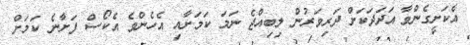
އެކަށީގެންވާ އަދަދަކަށް ދަރިވަރުން ލިބިއްޖެ ނަމަ ކަމަށާއި އެހެންވެ އެކޯސް ފަށާނެ ކަމަށް